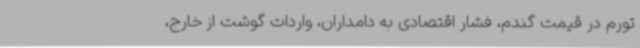
تورم در قیمت گندم، فشار اقتصادی به دامداران، واردات گوشت از خارج،